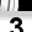
Digit: 3